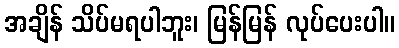
အချိန် သိပ်မရပါဘူး၊ မြန်မြန် လုပ်ပေးပါ။